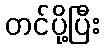
တင်ပို့ပြီး